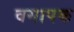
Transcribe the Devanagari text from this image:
वयापक